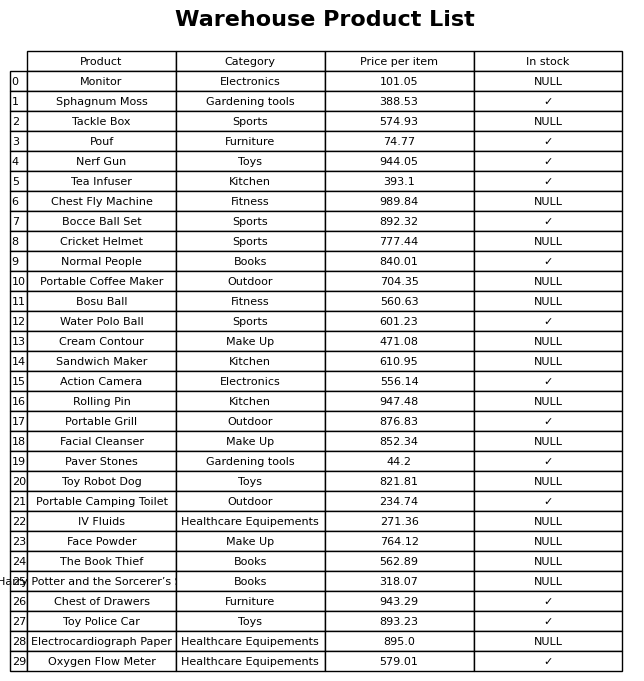
question: What is the price for Portable Coffee Maker?
answer: The price of Portable Coffee Maker is 704.35.